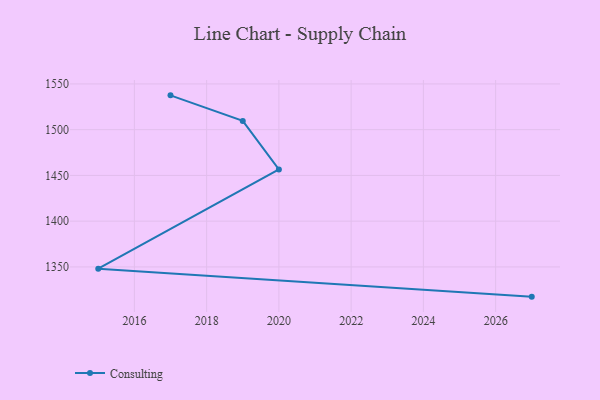
{"axis": {"x": "Year", "y": "Production Output"}, "legend": ["Consulting"], "data": [{"x": "2017", "y": 1537.5, "type": "Consulting"}, {"x": "2019", "y": 1509.6, "type": "Consulting"}, {"x": "2020", "y": 1456.5, "type": "Consulting"}, {"x": "2015", "y": 1348.0, "type": "Consulting"}, {"x": "2027", "y": 1317.5, "type": "Consulting"}]}